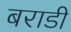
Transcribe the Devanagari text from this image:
बराडी